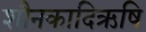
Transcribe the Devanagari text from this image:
शौनकादिऋषि